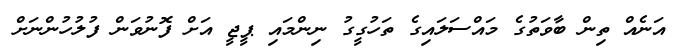
އަނެއް ތިން ބާވަތުގެ މައްސަލައިގެ ތަހުގީގު ނިންމައި ޕީޖީ އަށް ފޮނުވަން ފުލުހުންނަށް